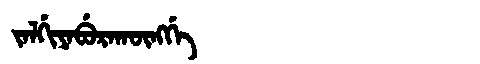
Manchu: ᠵᠠᠯᡤᡳᠶᠠᠪᡠᡵᠠᡴᡡᠩᡤᡝ
Romanization: JALGIYABURAKŪNGGE